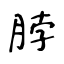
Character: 脖